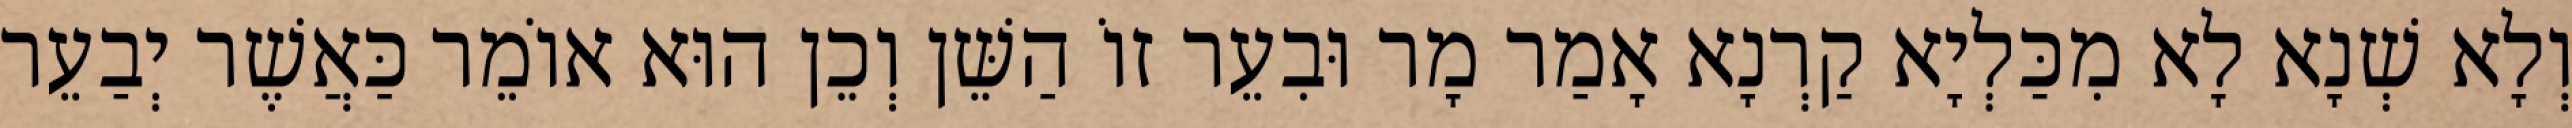
וְלָא שְׁנָא לָא מִכַּלְיָא קַרְנָא אָמַר מָר וּבִעֵר זוֹ הַשֵּׁן וְכֵן הוּא אוֹמֵר כַּאֲשֶׁר יְבַעֵר